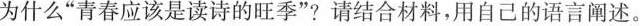
为什么”青春应该是读诗的旺季”?请结合材料，用自己的语言阐述。